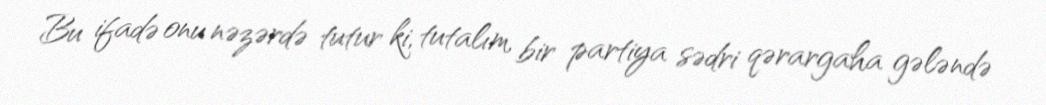
Bu ifadə onu nəzərdə tutur ki, tutalım, bir partiya sədri qərargaha gələndə